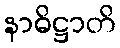
နာဓိဋ္ဌာတိ